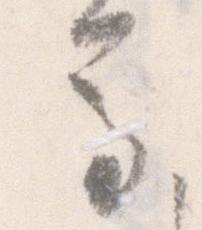
馬